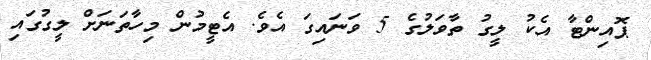
ޕޮއިންޓާ އެކު ލީގު ތާވަލުގެ 5 ވަނައިގަ އެވެ. އެޓީމުން މިހާތަނަށް ލީގުގައި